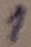
Text: 1